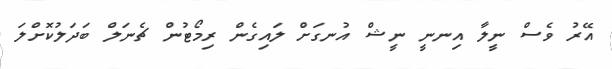
އޭރު ވެސް ނީލާ އިނނީ ނީޝް އުނގަށް ލައިގެން ރިމޯޓުން ޗެނަލް ބަދަލުކޮށްލަ